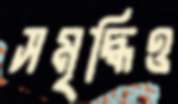
সমৃদ্ধিও